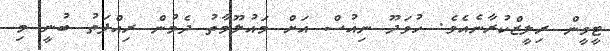
ޓީވީން ރިލީޒްކުރާނެއެވެ. ހުވަދޫ ނިއުސް އަށް މައުލޫމާތު ދެމުން ރިއްފަތު ބުނީ މި